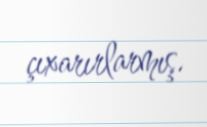
çıxarırlarmış.